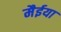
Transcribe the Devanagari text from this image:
मैईया